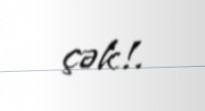
çək!.